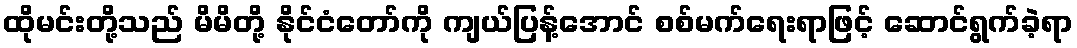
ထိုမင်းတို့သည် မိမိတို့ နိုင်ငံတော်ကို ကျယ်ပြန့်အောင် စစ်မက်ရေးရာဖြင့် ဆောင်ရွက်ခဲ့ရာ